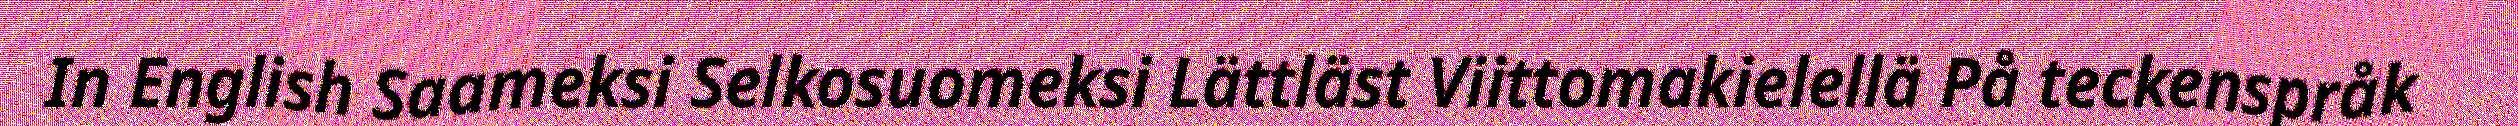
In English Saameksi Selkosuomeksi Lättläst Viittomakielellä På teckenspråk